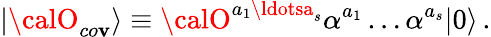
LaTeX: |{\calO}_{co\mathbf{v}}\rangle\equiv{\calO}^{a_{1}\ldotsa_{s}}\alpha^{a_{1}}\ldots\alpha^{a_{s}}|0\rangle\, .